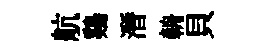
航鷄潛輈貝